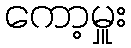
ကော့မှူး